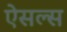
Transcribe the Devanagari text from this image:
ऐसल्स